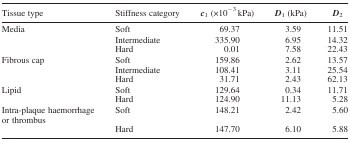
<table><thead><tr><td><b>Tissue type</b></td><td><b>Stiffness category</b></td><td><b><i>c</i><sub>1</sub> (×10<sup>−3</sup> kPa)</b></td><td><b><i>D</i><sub>1</sub> (kPa)</b></td><td><b><i>D</i><sub>2</sub></b></td></tr></thead><tbody><tr><td>Media</td><td>Soft</td><td>69.37</td><td>3.59</td><td>11.51</td></tr><tr><td></td><td>Intermediate</td><td>335.90</td><td>6.95</td><td>14.32</td></tr><tr><td></td><td>Hard</td><td>0.01</td><td>7.58</td><td>22.43</td></tr><tr><td>Fibrous cap</td><td>Soft</td><td>159.86</td><td>2.62</td><td>13.57</td></tr><tr><td></td><td>Intermediate</td><td>108.41</td><td>3.11</td><td>25.54</td></tr><tr><td></td><td>Hard</td><td>31.71</td><td>2.43</td><td>62.13</td></tr><tr><td>Lipid</td><td>Soft</td><td>129.64</td><td>0.34</td><td>11.71</td></tr><tr><td></td><td>Hard</td><td>124.90</td><td>11.13</td><td>5.28</td></tr><tr><td>Intra-plaque haemorrhage or thrombus</td><td>Soft</td><td>148.21</td><td>2.42</td><td>5.60</td></tr><tr><td></td><td>Hard</td><td>147.70</td><td>6.10</td><td>5.88</td></tr></tbody></table>